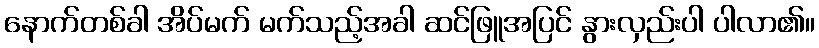
နောက်တစ်ခါ အိပ်မက် မက်သည့်အခါ ဆင်ဖြူအပြင် နွားလှည်းပါ ပါလာ၏။